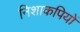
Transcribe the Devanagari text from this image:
निशाकपियों